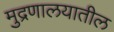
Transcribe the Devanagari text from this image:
मुद्रणालयातील